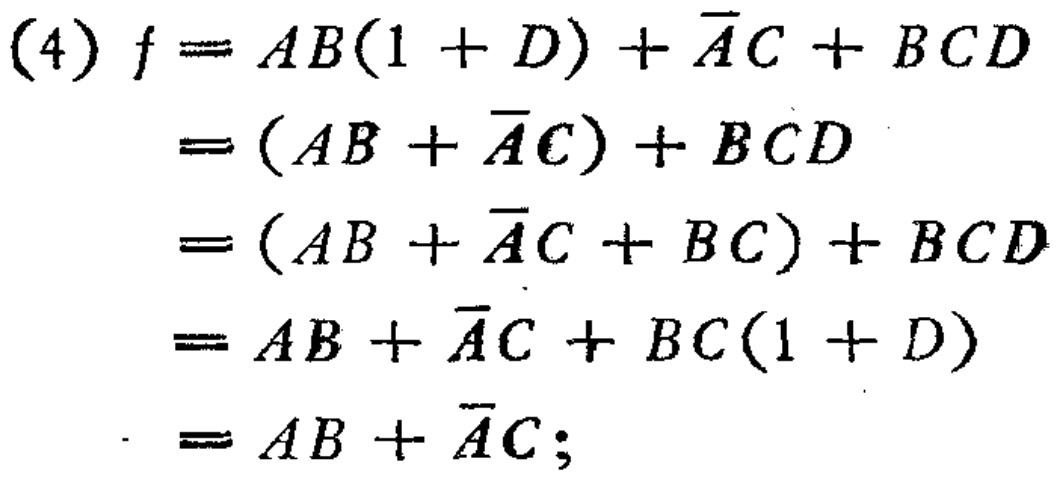
\begin{align*}

(4) f&= AB(1 + D) + \overline{A}C + BCD\\

&=(AB + \overline{A}C)+ BCD\\

&=(AB + \overline{A}C + BC)+ BCD\\

&=AB + \overline{A}C + BC(1 + D)\\

&=AB + \overline{A}C;

\end{align*}